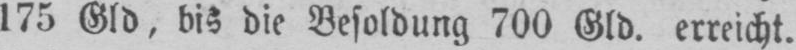
175 Gld, bis die Besoldung 700 Gld. erreicht.